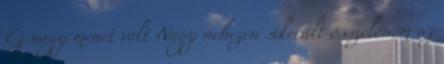
Ez nagy menet volt Nagy nehezen sikerült összelőnöm az